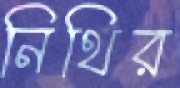
নিথির